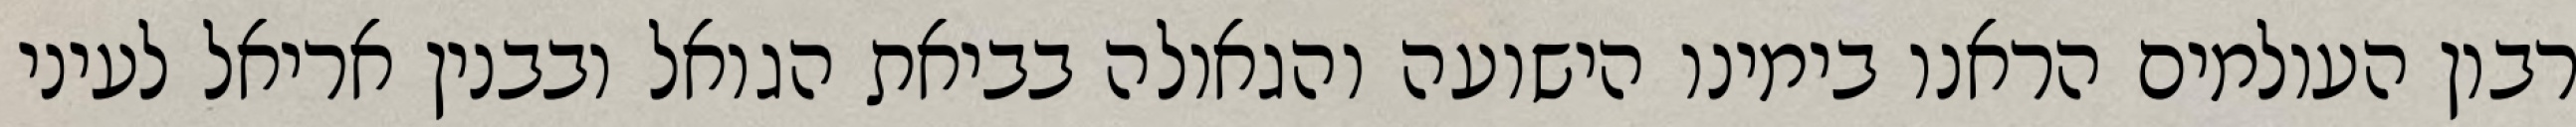
רבון העולמים הראנו בימינו הישועה והגאולה בביאת הגואל ובבנין אריאל לעיני